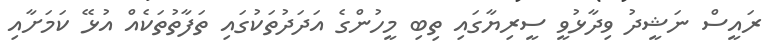
ރައީސް ނަޝީދު ވިދާޅުވީ ސީރިޔާގައި ތިބި މީހުންގެ އަދަދުތަކުގައި ތަފާތުތަކެއް އުޅޭ ކަމަށާއި